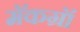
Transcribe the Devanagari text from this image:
मॅकग्रॉ